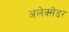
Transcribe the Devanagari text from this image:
अलेक्सेंडर